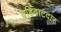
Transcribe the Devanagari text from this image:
वहिवाटदार